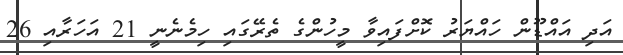
އަދި އައްޑޫން ހައްޔަރު ކޮށްފައިވާ މީހުންގެ ތެރޭގައި ހިމެނެނީ 21 އަހަރާއި 26